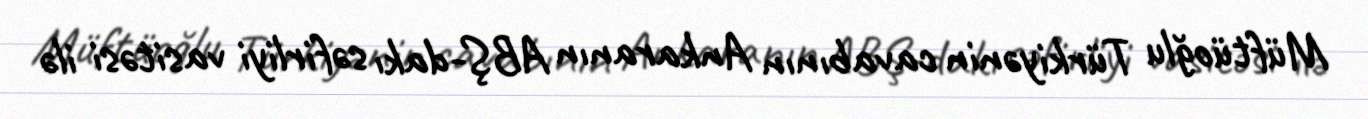
Müftüoğlu Türkiyənin cavabının Ankaranın ABŞ-dakı səfirliyi vasitəsi ilə